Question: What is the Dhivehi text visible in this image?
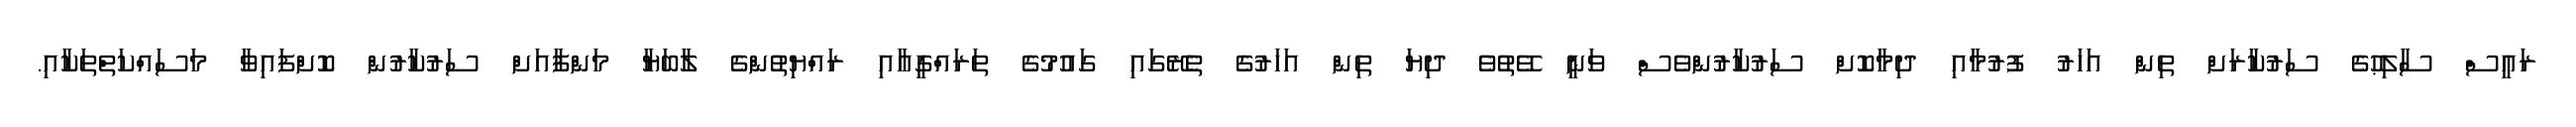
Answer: ރައީސް ސާލިޙުގެ ސަރުކާރަށް ތިން އަހަރު ފުރުމާއި ދިމާކޮށް ސަރުކާރުންވެސް ވަނީ ވޭތުވެ ދިޔަ ތިން އަހަރުގެ ތެރޭގައި ގައުމުގެ ތަރައްގީއާއި ރައްޔިތުންގެ ލާބަޔާ މަންފާއަށް ސަރުކާރުން ކޮށްފައިވާ މަސައްކަތްތަކާއި.